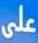
على